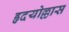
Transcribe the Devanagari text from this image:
हृदयोल्लास